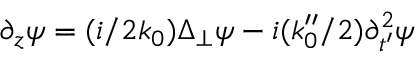
\partial _ { z } \psi = ( i / 2 k _ { 0 } ) \Delta _ { \perp } \psi - i ( k _ { 0 } ^ { \prime \prime } / 2 ) \partial _ { t ^ { \prime } } ^ { 2 } \psi